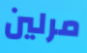
مرلين